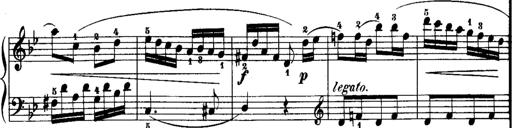
Title: Rondos and Sonatinas for Pianoforte
Composer: Daniel Steibelt